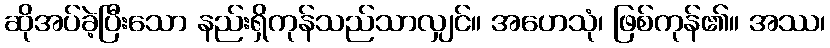
ဆိုအပ်ခဲ့ပြီးသော နည်းရှိကုန်သည်သာလျှင်။ အဟေသုံ၊ ဖြစ်ကုန်၏။ အဿ၊